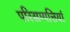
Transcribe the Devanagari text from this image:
परिसम्‍पत्तियां